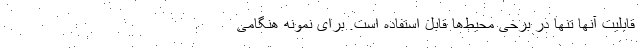
قابلیت آنها تنها در برخی محیط‌ها قابل استفاده است. برای نمونه هنگامی